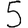
Digit: 5